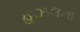
હઝલના